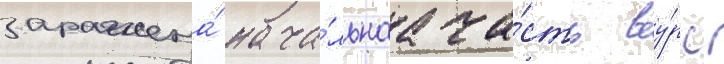
заражена́ нача́льнаа ча́сть ву́рс